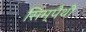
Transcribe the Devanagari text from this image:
सिम्पैथी